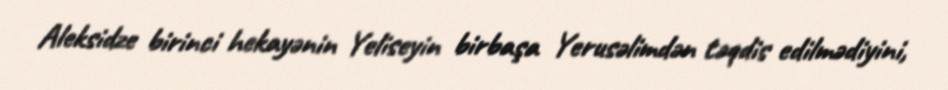
Aleksidze birinci hekayənin Yeliseyin birbaşa Yerusəlimdən təqdis edilmədiyini,